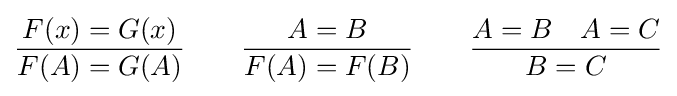
{F(x)=G(x) \over F(A)=G(A)}\qquad {A=B \over F(A)=F(B)}\qquad {A=B\quad A=C \over B=C}